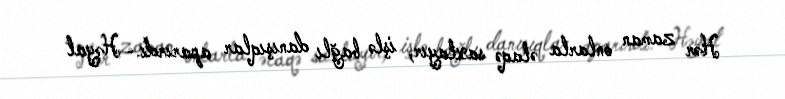
Hər zaman onlarla əlaqə saxlayır, işlə bağlı danışıqlar aparırdı.- Həyat